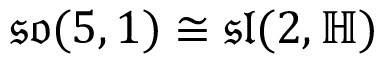
{ \mathfrak { s o } } ( 5 , 1 ) \cong { \mathfrak { s l } } ( 2 , \mathbb { H } )